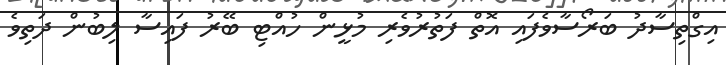
އިގްތިސާދު ބަރޯސާވެފައި އޮތް ފަތުރުވެރި މުޅީން ހުއްޓި ބޭރު ފައިސާ ލިބުން ދަތިވެ